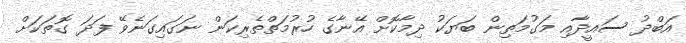
އަބްދު ސައީދާއި މަގުމަތިން ބަޔަކު ދިމާކޮށް އޭނާގެ ހުރުމަތްތެރިކަން ނަގައިގަނެވޭ ފަދަ ގޮތަކަށް